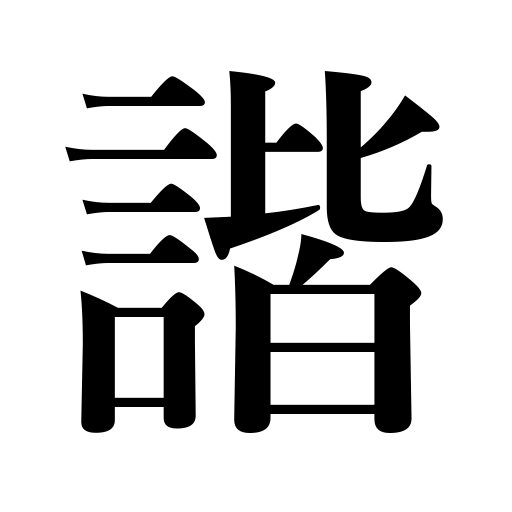
Meanings: order,suitability,harmony